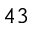
^ { 4 3 }